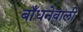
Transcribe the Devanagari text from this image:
बाँधनेवाली